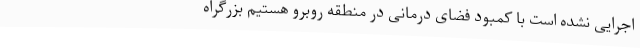
اجرایی نشده است با کمبود فضای درمانی در منطقه روبرو هستیم بزرگراه